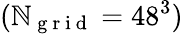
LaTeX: (\mathbb{N}_{\mathrm{{~g~r~i~d~}}}=48^{3})